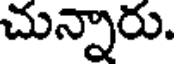
చున్నారు.